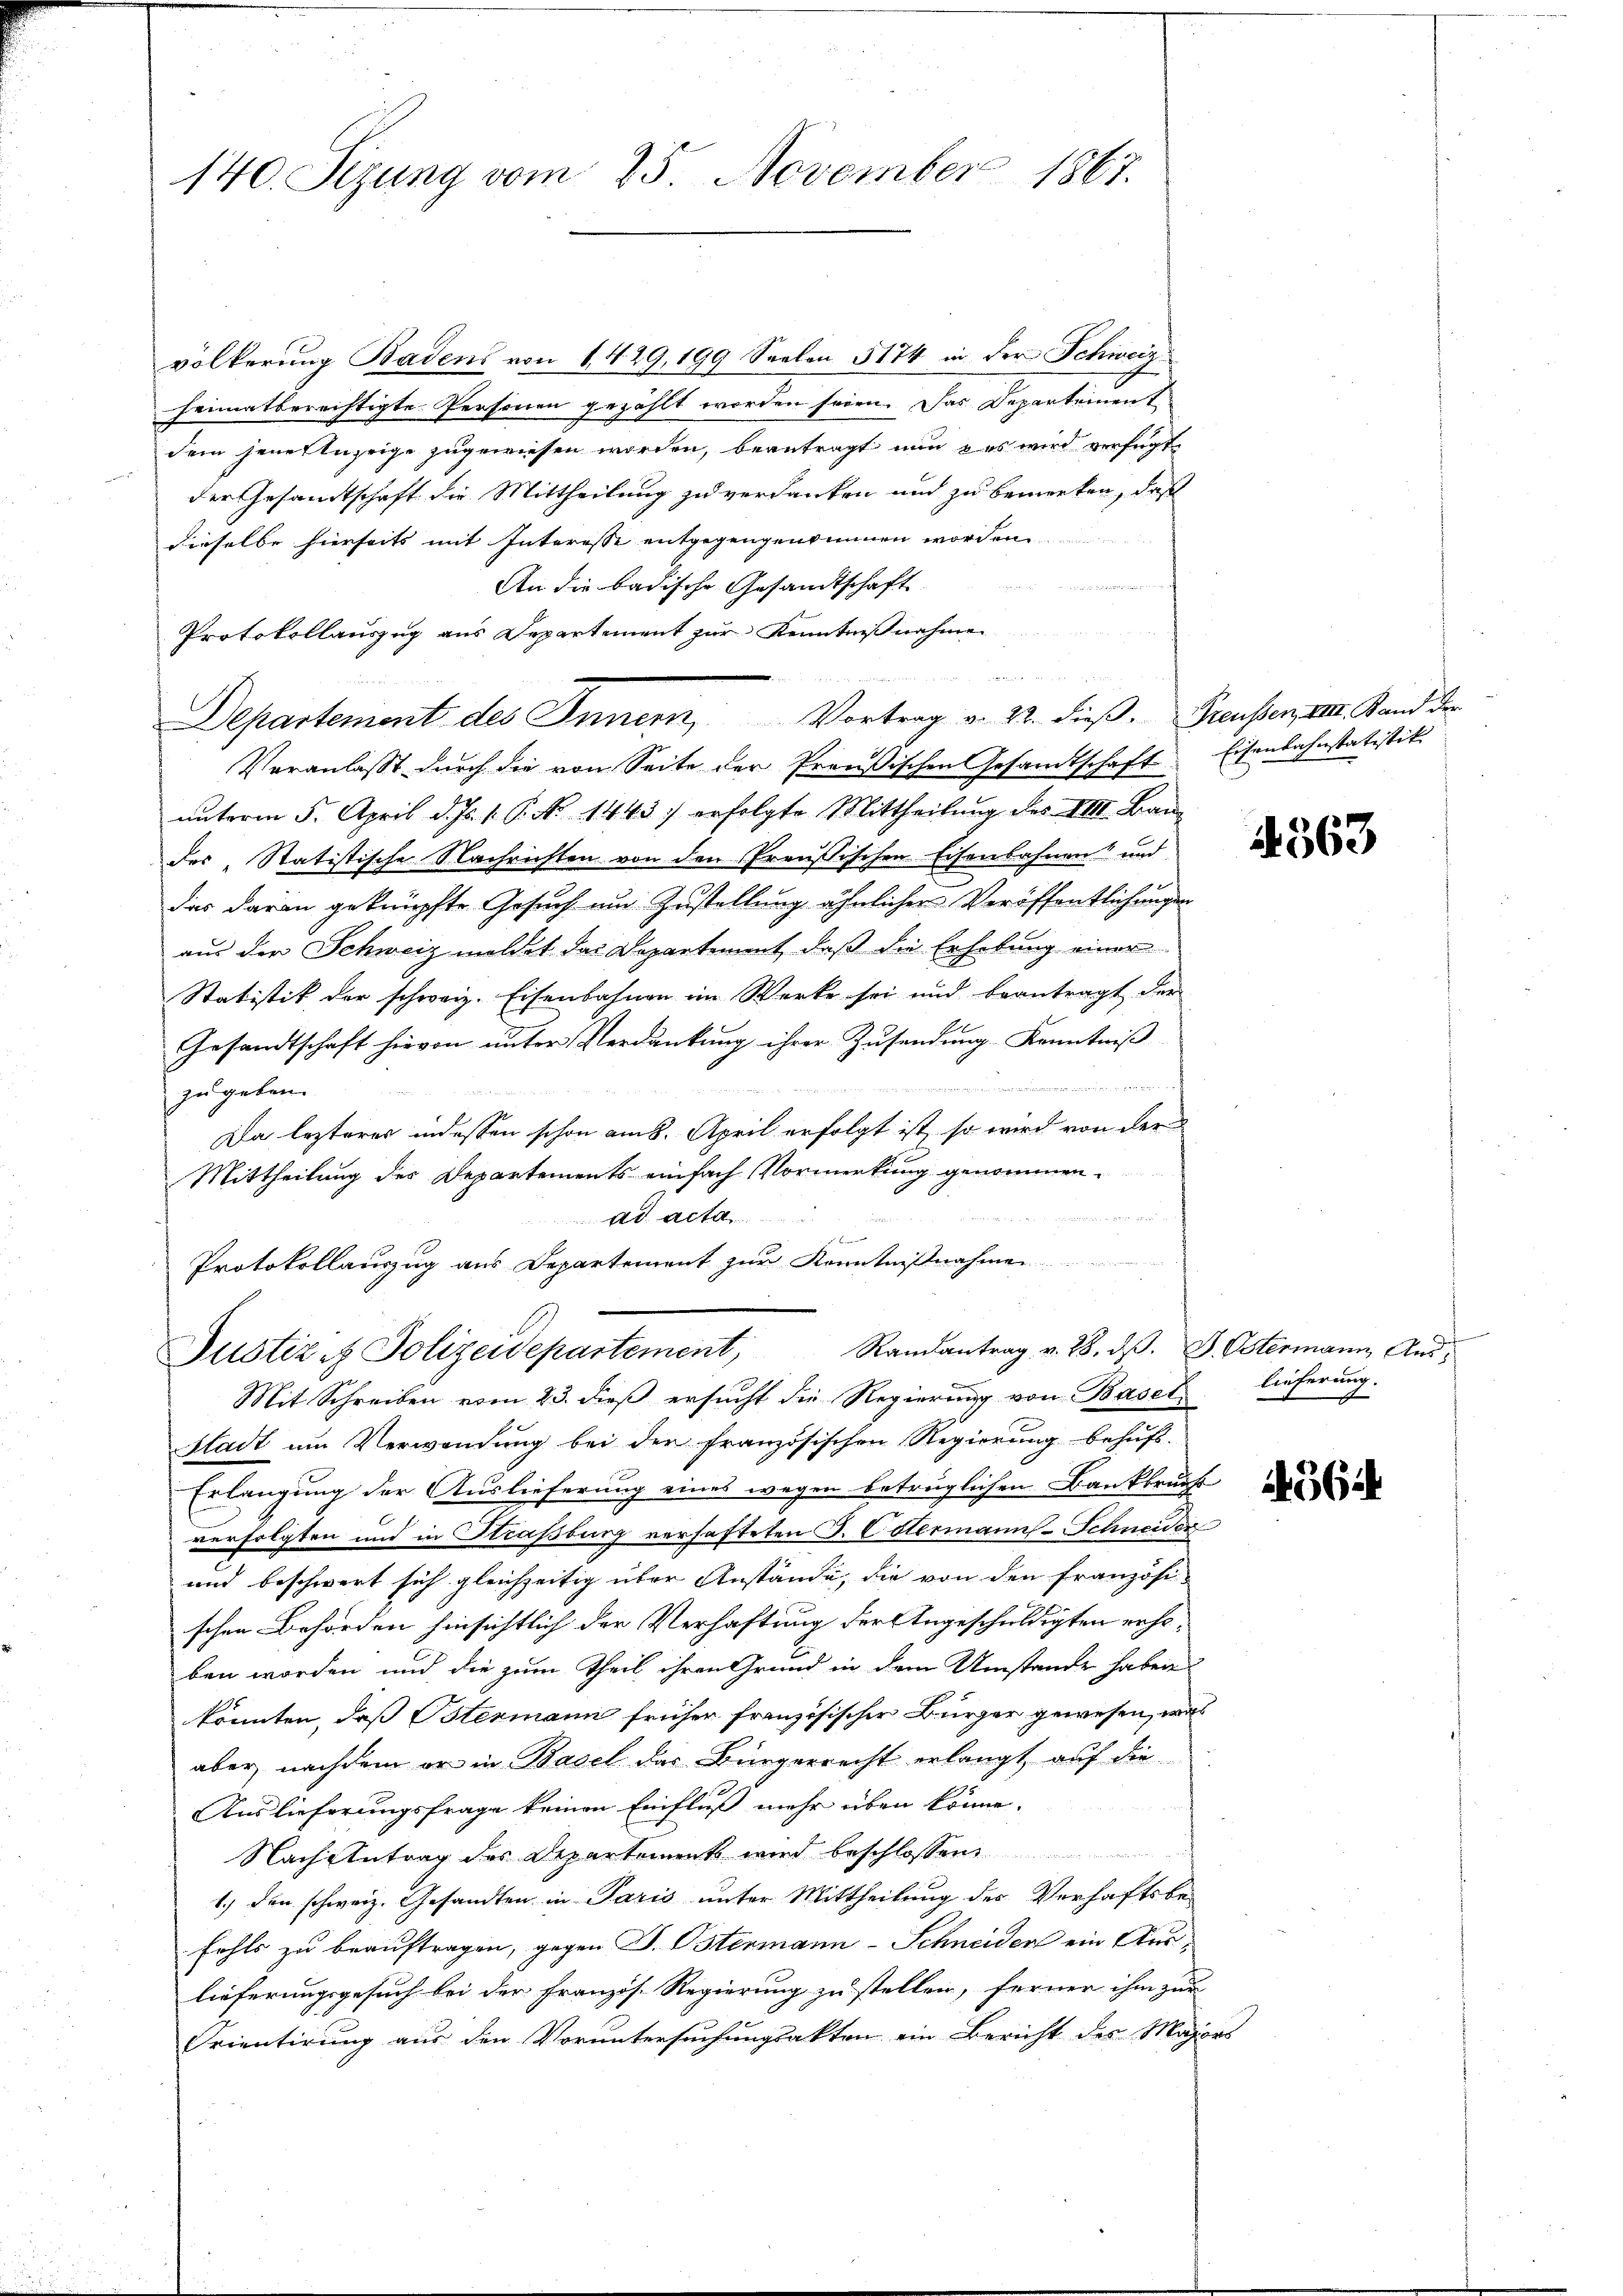
140. Sizung vom 25. November 1867.

völkerung Badens von 1429, 199 Seelen 5174 in der Schweiz
heimatberechtigte Personen gezählt worden seien. Das Departement
dern jene Anzeige zugewiesen worden, beantragt nun & es wird verfügt
der Gesamtschaft die Mittheilung zu verdanken und zu bemerken, daß
dieselbe hierseits mit Interesse entgegengenommen worden.

An die badische Gesandtschaft
Protokollauszug aus Departement zur Kenntnißnahmen
Veranlaßt durch die von Seite der Preußischen Gesandtschaft Eisenbahnstatistik
ŭnterm 5. April d. Js. v. P. No 1443) erfolgte Mittheilŭng des VIII. Baŭ-
des Statistische Nachrichten von den Preußischen Eisenbahnen und
das daran geknüpfte Gesuch um Zustellung ähnlicher Veröffentlichungen
aus der Schweiz meldet das Departement, daß die Erhebung einer
Statistik der schweiz. Eisenbahnen im Werke sei und beantragt der
Gesandtschaft hievon unter Verdankung ihrer Zusendung Kenntniß
e
2
zugeben.
Da lezteres indessen schon am 8. April erfolgt ist, so wird von der
Mittheilung des Departements einfach Vormerkung genommen.
Ad Act
Protokollauszug aus Departement zur Kenntnißnahmen
Justiz et Polizeidepartement, Randantrag v. 28. dβ. D. Ostermann, And
Mit Schreiben vom 23. dieß ersucht die Regierung von Basel lieferung.
Stadt ŭm Verwendŭng bei der französischen Regierŭng behŭft.
Erlangung der Auslieferung eines wegen betrüglichen Bankbruch
verfolgten und in Strassburg verhafteten J. Estermanns-Schneider
und beschwert sich gleichzeitig über Anstände, die von den französi-
schen Behörden hinsichtlich der Verhaftung der Angeschuldigten erheben worden und die zum Theil ihren Grund in dem Umstande haben
könnten, daß Ostermann früher französischer Bürger gewesen, was
aber, nachdem er in Basel das Bürgerrecht erlangt auf die
Auslieferungsfrage keinen Einfluß mehr üben könne.
Nach Antrag des Departement wird beschlossen,
1.) den schweiz. Gesandten in Paris unter Mittheilung der Verhaftsbefehls zu beauftragen, gegen S. Ostermann-Schneiden ein Auslieferungsgesuch bei der Französ. Regierung zu stellen, ferner ihm zur
Trientirung aus den Voruntersuchungsakten ein Bericht des Major

Departement des Innern, Vortrag v. 22. dieß. Preussen, III. Stand der

1563

es

564